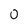
Character: 0